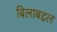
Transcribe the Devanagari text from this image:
बिलाबद्दल